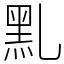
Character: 䵝